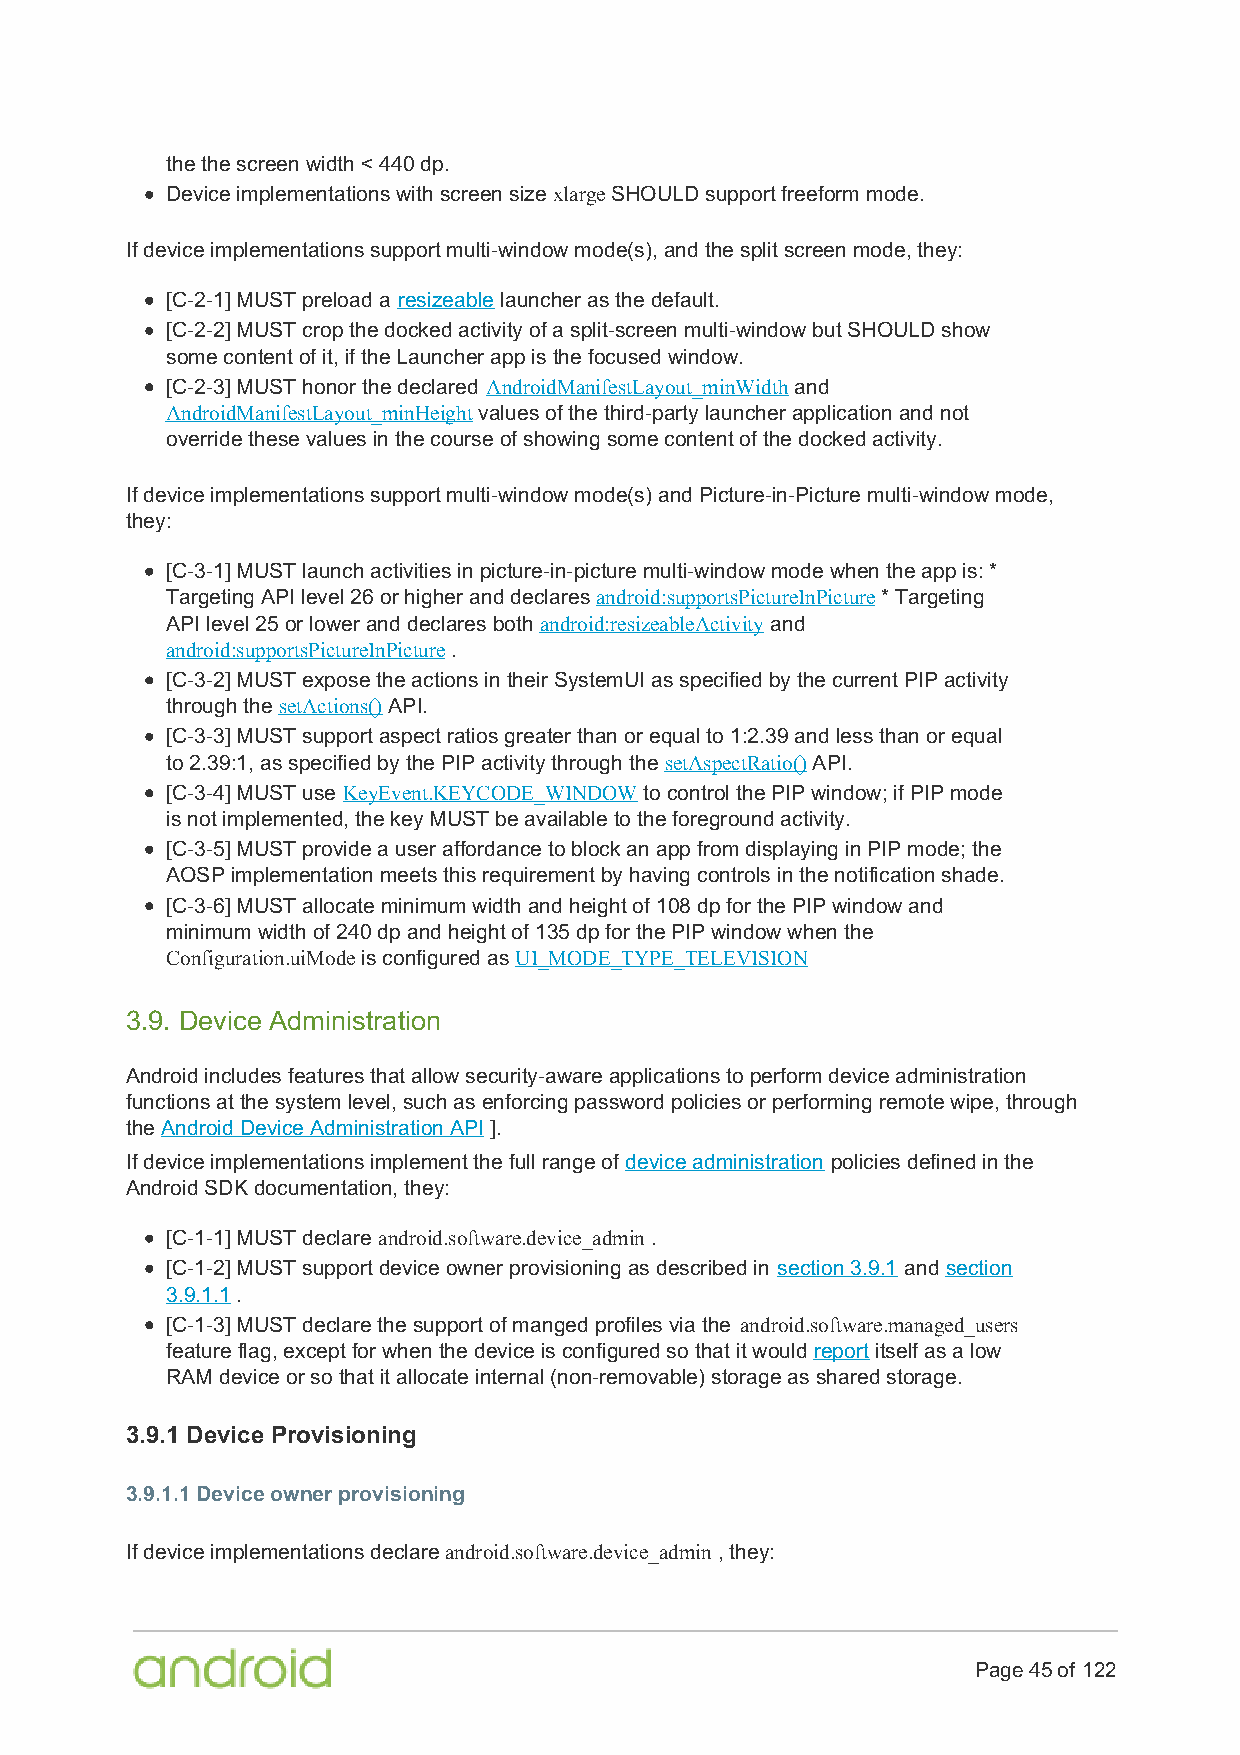
the the screen width < 440 dp.
 Device implementations with screen size xlarge SHOULD support freeform mode.
 If device implementations support multi-window mode(s), and the split screen mode, they:
 [C-2-1] MUST preload a resizeable launcher as the default.
 [C-2-2] MUST crop the docked activity of a split-screen multi-window but SHOULD show
 some content of it, if the Launcher app is the focused window.
 [C-2-3] MUST honor the declared AndroidManifestLayout_minWidth and
 AndroidManifestLayout_minHeight values of the third-party launcher application and not
 override these values in the course of showing some content of the docked activity.
 If device implementations support multi-window mode(s) and Picture-in-Picture multi-window mode,
 they:
 [C-3-1] MUST launch activities in picture-in-picture multi-window mode when the app is: *
 Targeting API level 26 or higher and declares android:supportsPictureInPicture * Targeting
 API level 25 or lower and declares both android:resizeableActivity and
 android:supportsPictureInPicture .
 [C-3-2] MUST expose the actions in their SystemUI as specified by the current PIP activity
 through the setActions() API.
 [C-3-3] MUST support aspect ratios greater than or equal to 1:2.39 and less than or equal
 to 2.39:1, as specified by the PIP activity through the setAspectRatio() API.
 [C-3-4] MUST use KeyEvent.KEYCODE_WINDOW to control the PIP window; if PIP mode
 is not implemented, the key MUST be available to the foreground activity.
 [C-3-5] MUST provide a user affordance to block an app from displaying in PIP mode; the
 AOSP implementation meets this requirement by having controls in the notification shade.
 [C-3-6] MUST allocate minimum width and height of 108 dp for the PIP window and
 minimum width of 240 dp and height of 135 dp for the PIP window when the
 Configuration.uiMode is configured as UI_MODE_TYPE_TELEVISION
 3.9. Device Administration
 Android includes features that allow security-aware applications to perform device administration
 functions at the system level, such as enforcing password policies or performing remote wipe, through
 the Android Device Administration API ].
 If device implementations implement the full range of device administration policies defined in the
 Android SDK documentation, they:
 [C-1-1] MUST declare android.software.device_admin .
 [C-1-2] MUST support device owner provisioning as described in section 3.9.1 and section
 3.9.1.1 .
 [C-1-3] MUST declare the support of manged profiles via the android.software.managed_users
 feature flag, except for when the device is configured so that it would report itself as a low
 RAM device or so that it allocate internal (non-removable) storage as shared storage.
 3.9.1 Device Provisioning
 3.9.1.1 Device owner provisioning
 If device implementations declare android.software.device_admin , they:
 Page 45 of 122